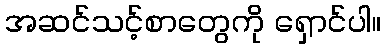
အဆင်သင့်စာတွေကို ရှောင်ပါ။